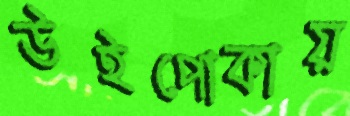
উইপোকায়